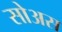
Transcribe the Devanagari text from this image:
सोअस